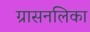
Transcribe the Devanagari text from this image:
ग्रासनलिका